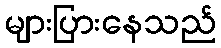
များပြားနေသည်